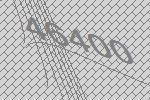
46400